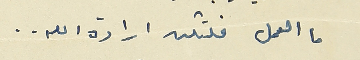
ما العمل فلتكن ارادة الله..